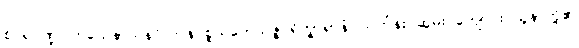
စိဝရပိဏ္ဍပါတသေနာသနဂိလာနပ္ပစ္စယဘေသဇ္ဇပရိက္ခာရာနံ၊ သင်္ကန်း ဆွမ်း ကျောင်း သူနာတို့၏